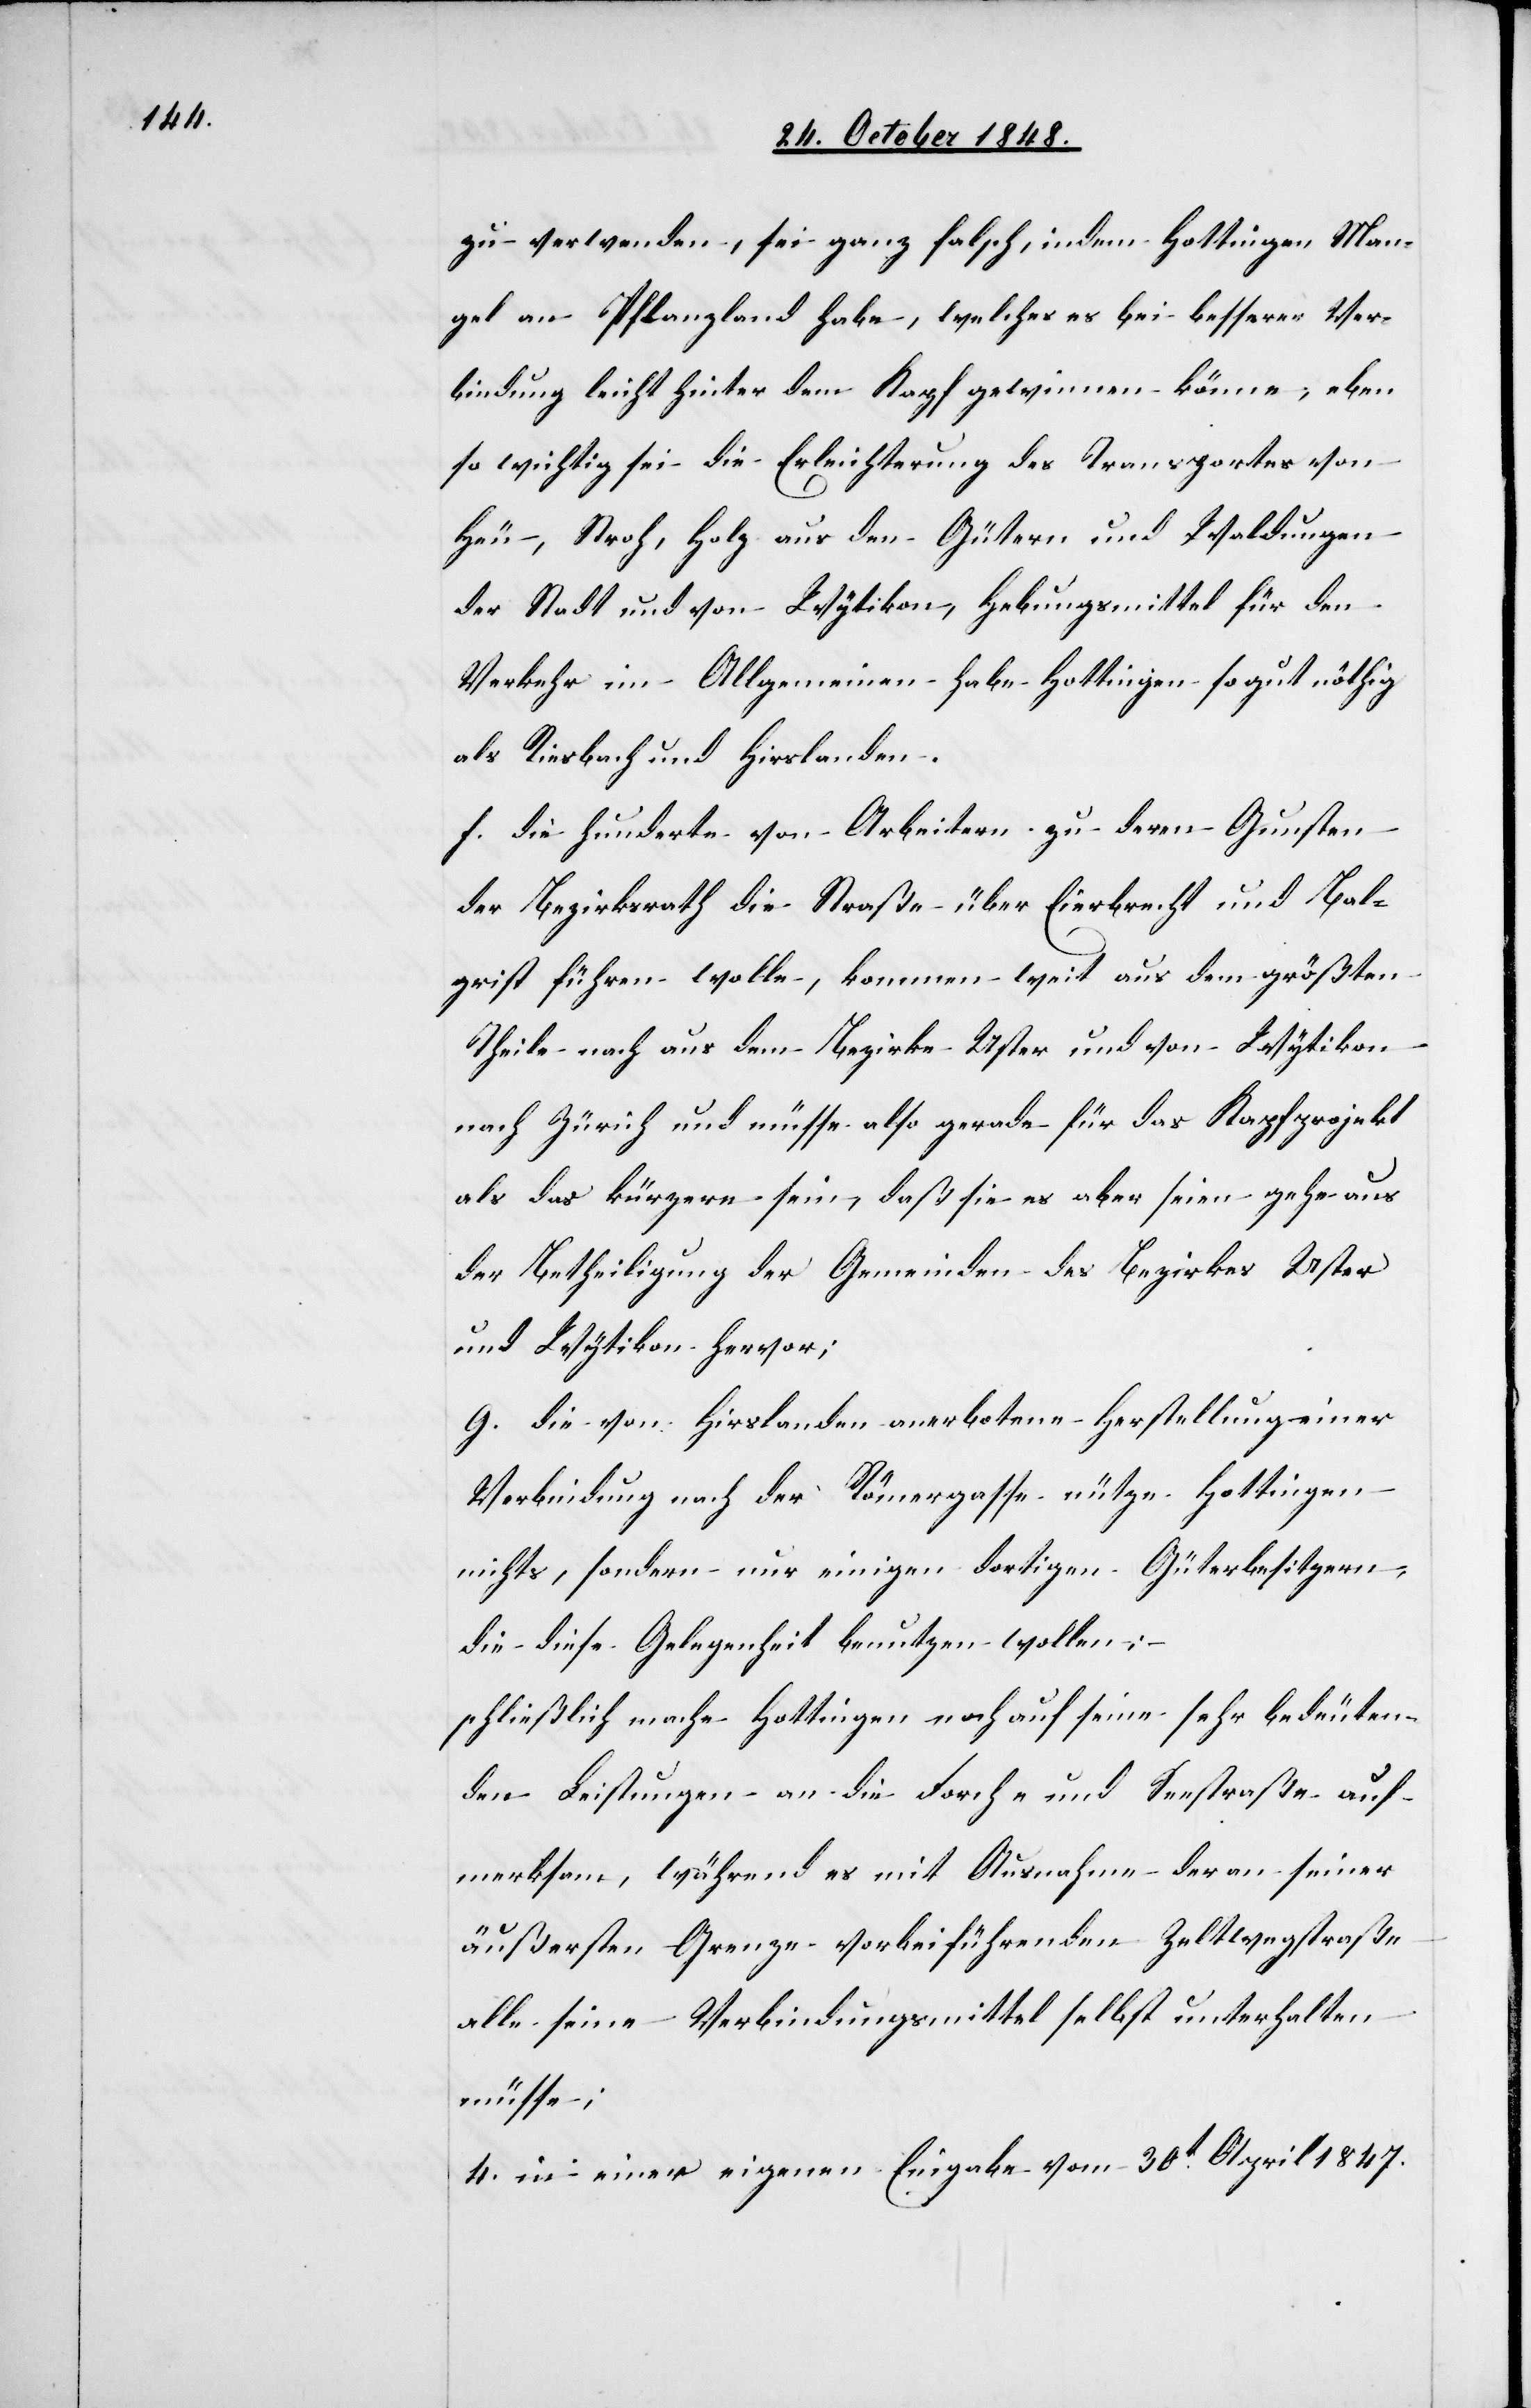
zu verwenden, sei ganz falsch, indem Hottingen Man¬
gel an Pflanzland habe, welches es bei besserer Ver¬
bindung leicht hinter dem Kapf gewinnen könne, eben
so wichtig sei die Erleichterung des Transportes von
Heu, Stroh, Holz aus den Gütern und Waldungen
der Stadt und von Wytikon, Hebungsmittel für den
Verkehr im Allgemeinen habe Hottingen so gut nöthig
als Riesbach und Hirslanden.
f. die hunderte von Arbeitern zu deren Gunsten
der Bezirksrath die Straße über Eierbrecht und Bal¬
grist führen wolle, kommen weit aus dem größten
Theile nach aus dem Bezirke Uster und von Wytikon
nach Zürich und müsse also gerade für das Kapfprojekt
als das kürzere sein, daß sie es aber seien gehe aus
der Betheiligung der Gemeinden des Bezirkes Uster
und Wytikon hervor;
g. die von Hirslanden anerbotene Herstellung einer
Verbindung nach der Römergasse nütze Hottingen
nichts, sondern nur einigen dortigen Güterbesitzern,
die diese Gelegenheit benutzen wollen;
schließlich mache Hottingen noch auf seine sehr bedeuten¬
den Leistungen an die Forch- und Seestraße auf¬
merksam, während es mit Ausnahme der an seiner
äußersten Grenze vorbeiführenden Zeltwegstraße
alle seine Verbindungsmittel selbst unterhalten
müsse;
4. in einer eigenen Eingabe vom 30t April 1847.